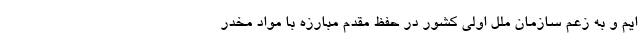
ایم و به زعم سازمان ملل اولی کشور در حفظ مقدم مبارزه با مواد مخدر